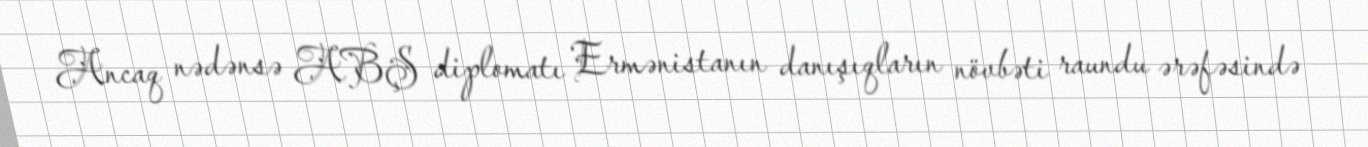
Ancaq nədənsə ABŞ diplomatı Ermənistanın danışıqların növbəti raundu ərəfəsində